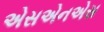
એસએનએસ